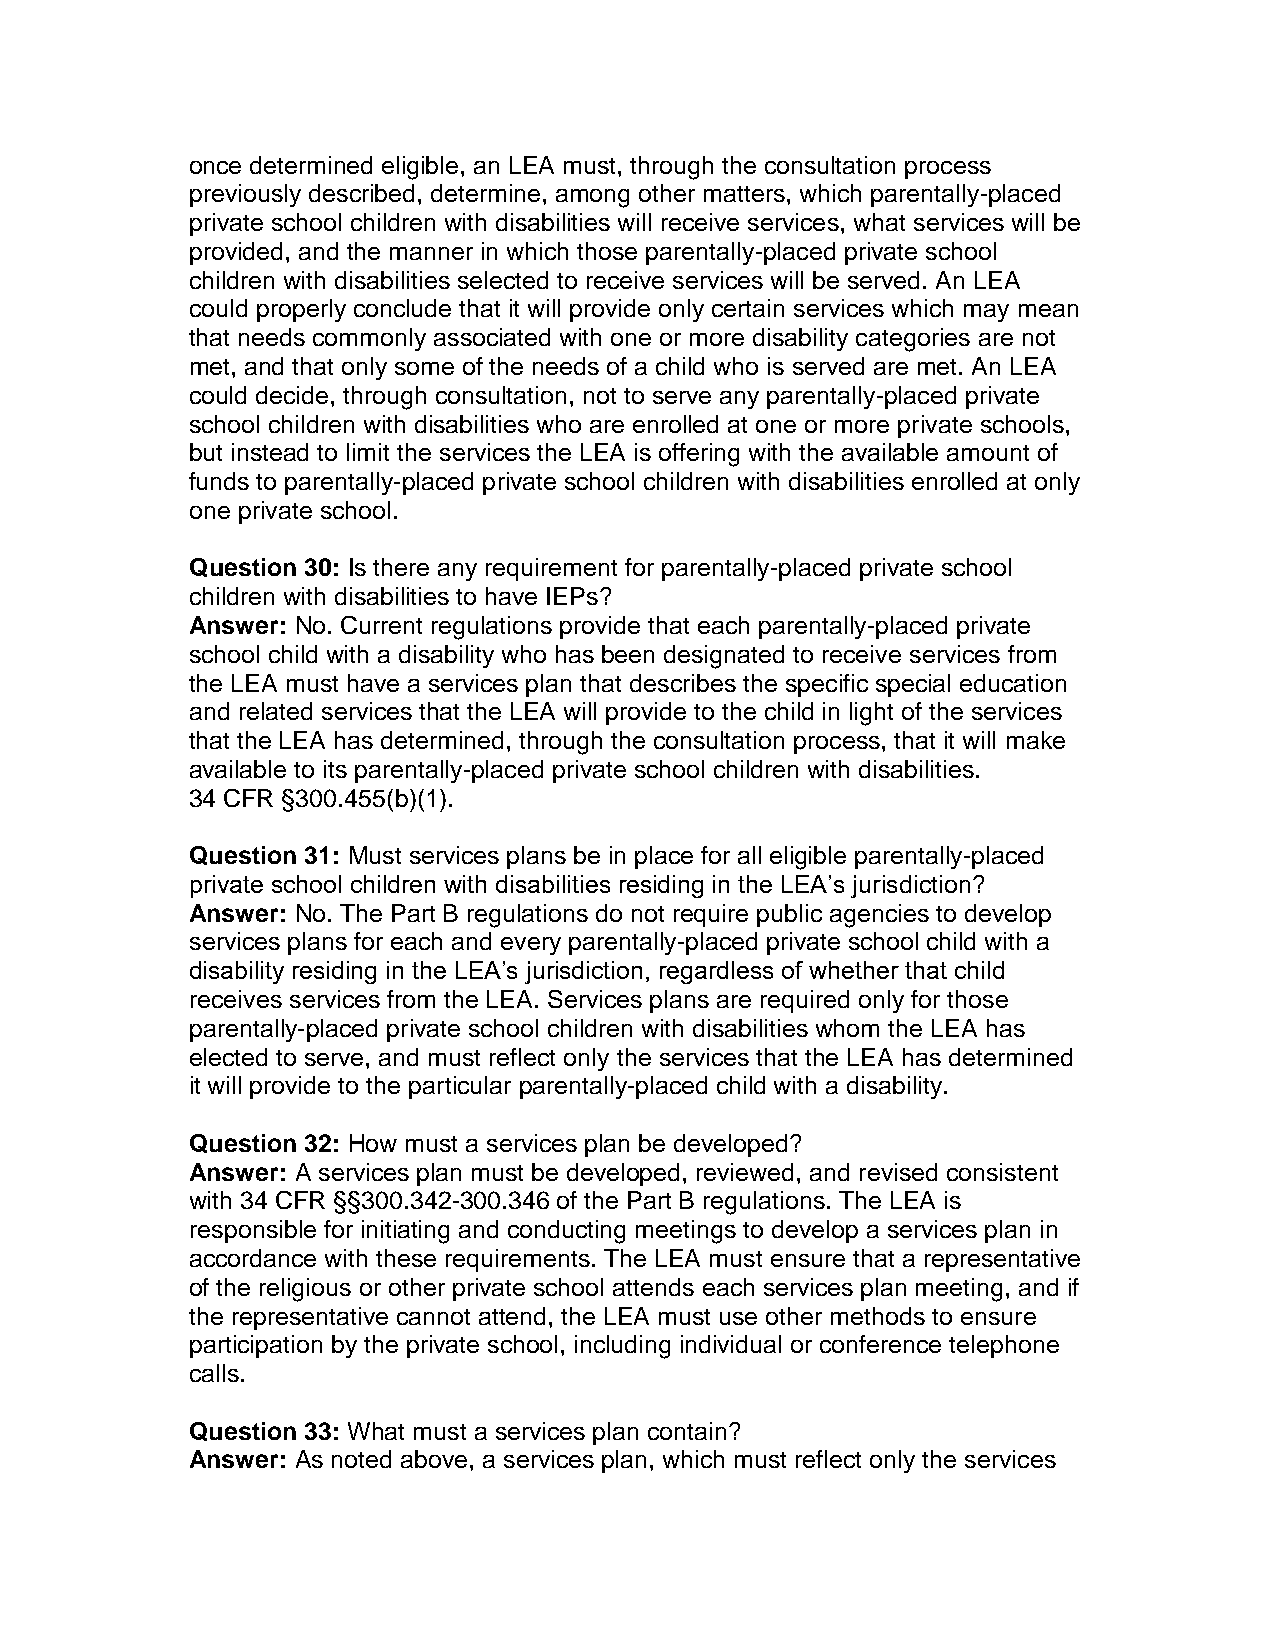
once determined eligible, an LEA must, through the consultation process
 previously described, determine, among other matters, which parentally-placed
 private school children with disabilities will receive services, what services will be
 provided, and the manner in which those parentally-placed private school
 children with disabilities selected to receive services will be served. An LEA
 could properly conclude that it will provide only certain services which may mean
 that needs commonly associated with one or more disability categories are not
 met, and that only some of the needs of a child who is served are met. An LEA
 could decide, through consultation, not to serve any parentally-placed private
 school children with disabilities who are enrolled at one or more private schools,
 but instead to limit the services the LEA is offering with the available amount of
 funds to parentally-placed private school children with disabilities enrolled at only
 one private school.
 Question 30: Is there any requirement for parentally-placed private school
 children with disabilities to have IEPs?
 Answer: No. Current regulations provide that each parentally-placed private
 school child with a disability who has been designated to receive services from
 the LEA must have a services plan that describes the specific special education
 and related services that the LEA will provide to the child in light of the services
 that the LEA has determined, through the consultation process, that it will make
 available to its parentally-placed private school children with disabilities.
 34 CFR §300.455(b)(1).
 Question 31: Must services plans be in place for all eligible parentally-placed
 private school children with disabilities residing in the LEA’s jurisdiction?
 Answer: No. The Part B regulations do not require public agencies to develop
 services plans for each and every parentally-placed private school child with a
 disability residing in the LEA’s jurisdiction, regardless of whether that child
 receives services from the LEA. Services plans are required only for those
 parentally-placed private school children with disabilities whom the LEA has
 elected to serve, and must reflect only the services that the LEA has determined
 it will provide to the particular parentally-placed child with a disability.
 Question 32: How must a services plan be developed?
 Answer: A services plan must be developed, reviewed, and revised consistent
 with 34 CFR §§300.342-300.346 of the Part B regulations. The LEA is
 responsible for initiating and conducting meetings to develop a services plan in
 accordance with these requirements. The LEA must ensure that a representative
 of the religious or other private school attends each services plan meeting, and if
 the representative cannot attend, the LEA must use other methods to ensure
 participation by the private school, including individual or conference telephone
 calls.
 Question 33: What must a services plan contain?
 Answer: As noted above, a services plan, which must reflect only the services